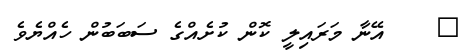
٩    އޭނާ މަރައިލީ ކޮން ކުށެއްގެ ސަބަބުން ހެއްޔެވެ